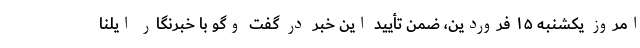
امروز یکشنبه ۱۵ فروردین، ضمن تأیید این خبر در گفت وگو با خبرنگار ایلنا